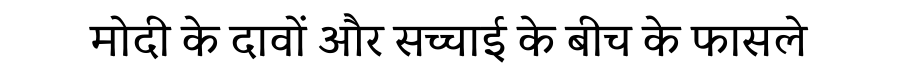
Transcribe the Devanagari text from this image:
मोदी के दावों और सच्चाई के बीच के फासले